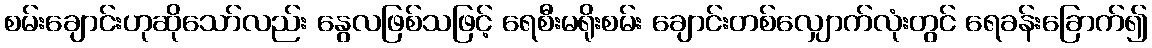
စမ်းချောင်းဟုဆိုသော်လည်း နွေလဖြစ်သဖြင့် ရေစီးမရိုးစမ်း ချောင်းတစ်လျှောက်လုံးတွင် ရေခန်းခြောက်၍